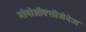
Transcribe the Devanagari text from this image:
मोनोऑक्सीजेनेज